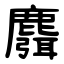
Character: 麛